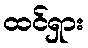
ထင်ရှား